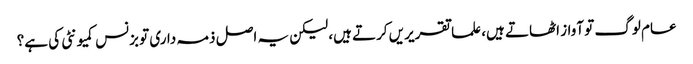
عام لوگ تو آواز اٹھاتے ہیں، علما تقریریں کرتے ہیں، لیکن یہ اصل ذمہ داری تو بزنس کمیونٹی کی ہے؟